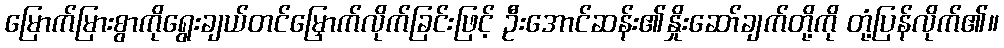
မြောက်မြားစွာကိုရွေးချယ်တင်မြှောက်လိုက်ခြင်းဖြင့် ဦးအောင်ဆန်း၏နှိုးဆော်ချက်တို့ကို တုံ့ပြန်လိုက်၏။